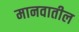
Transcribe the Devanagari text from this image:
मानवातील